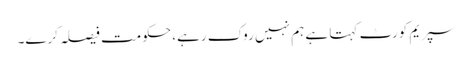
سپریم کورٹ کہتا ہے ہم نہیں روک رہے، حکومت فیصلہ کرے۔